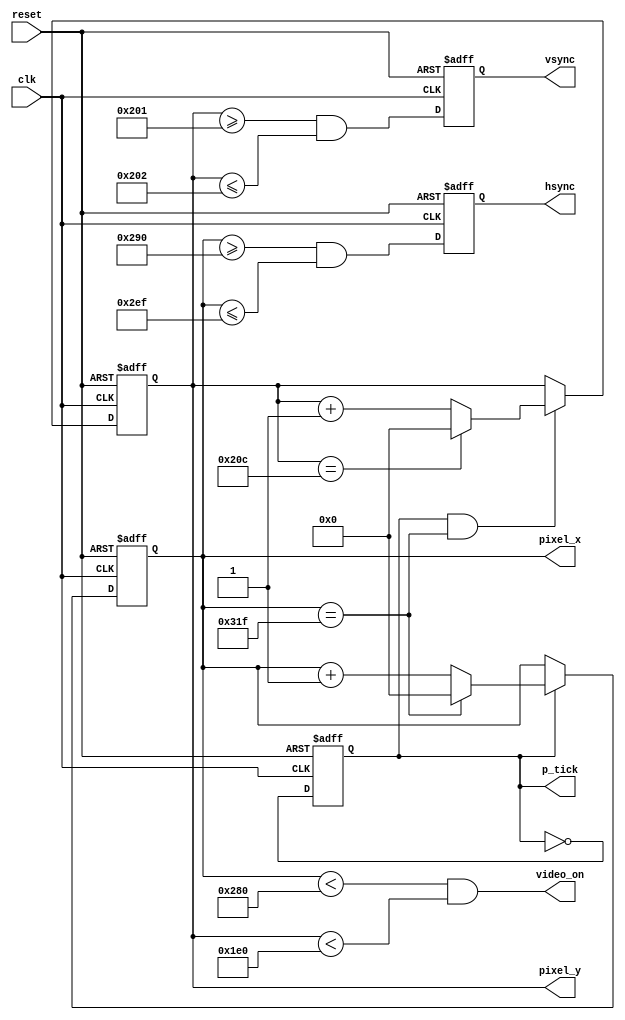
module vga_sync_3
   (
    input wire clk, reset,
    output wire hsync, vsync, video_on, p_tick,
    output wire [9:0] pixel_x, pixel_y
   );
   localparam HD = 640; 
   localparam HF = 48 ; 
   localparam HB = 16 ; 
   localparam HR = 96 ; 
   localparam VD = 480; 
   localparam VF = 10;  
   localparam VB = 33;  
   localparam VR = 2;   
   reg mod2_reg;
   wire mod2_next;
   reg [9:0] h_count_reg, h_count_next;
   reg [9:0] v_count_reg, v_count_next;
   reg v_sync_reg, h_sync_reg;
   wire v_sync_next, h_sync_next;
   wire h_end, v_end, pixel_tick;
   assign mod2_next = ~mod2_reg;
   assign pixel_tick = mod2_reg;
   always @(posedge clk, posedge reset)
      if (reset)
         begin
            mod2_reg <= 1'b0;
            v_count_reg <= 0;
            h_count_reg <= 0;
            v_sync_reg <= 1'b0;
            h_sync_reg <= 1'b0;
         end
      else
         begin
            mod2_reg <= mod2_next;
            v_count_reg <= v_count_next;
            h_count_reg <= h_count_next;
            v_sync_reg <= v_sync_next;
            h_sync_reg <= h_sync_next;
         end
   assign h_end = (h_count_reg==(HD+HF+HB+HR-1));
   assign v_end = (v_count_reg==(VD+VF+VB+VR-1));
   always @ (*)
      if (pixel_tick)  
         if (h_end)
            h_count_next = 0;
         else
            h_count_next = h_count_reg + 1;
      else
         h_count_next = h_count_reg;
   always @ (*)
      if (pixel_tick & h_end)
         if (v_end)
            v_count_next = 0;
         else
            v_count_next = v_count_reg + 1;
      else
         v_count_next = v_count_reg;
   assign h_sync_next = (h_count_reg>=(HD+HB) &&
                         h_count_reg<=(HD+HB+HR-1));
   assign v_sync_next = (v_count_reg>=(VD+VB) &&
                         v_count_reg<=(VD+VB+VR-1));
   assign video_on = (h_count_reg<HD) && (v_count_reg<VD);
   assign hsync = h_sync_reg;
   assign vsync = v_sync_reg;
   assign pixel_x = h_count_reg;
   assign pixel_y = v_count_reg;
   assign p_tick = pixel_tick;
endmodule